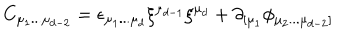
C _ { \mu _ { 1 } . . . \mu _ { d - 2 } } = \epsilon _ { \mu _ { 1 } . . . \mu _ { d } } \xi ^ { \mu _ { d - 1 } } \xi ^ { \mu _ { d } } + \partial _ { \lbrack \mu _ { 1 } } \phi _ { \mu _ { 2 } . . . \mu _ { d - 2 } \rbrack }